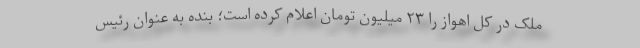
ملک در کل اهواز را ۲۳ میلیون تومان اعلام کرده است؛ بنده به عنوان رئیس